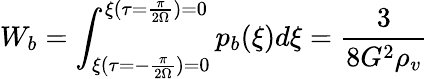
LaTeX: W_{b}=\int_{\xi(\tau=-\frac{\pi}{2\Omega})=0}^{\xi(\tau=\frac{\pi}{2\Omega})=0}p_{b}(\xi)d\xi=\frac{3}{8G^{2}\rho_{v}}